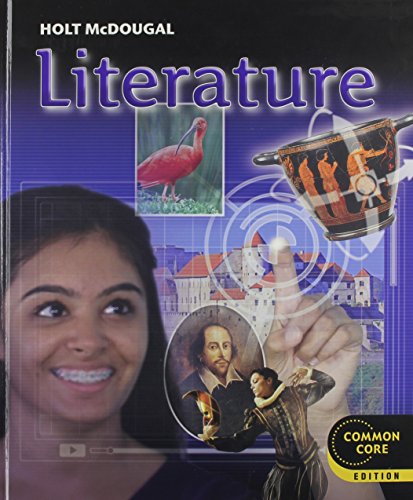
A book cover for Holt McDougal Literature: Student Edition Grade 9 2012; HOLT MCDOUGAL; Teen & Young Adult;